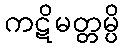
ကဋိမတ္တမ္ပိ